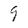
Character: 9